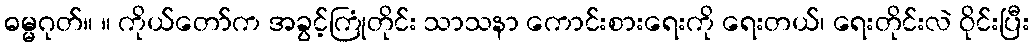
ဓမ္မဂုတ်။ ။ ကိုယ်တော်က အခွင့်ကြုံတိုင်း သာသနာ ကောင်းစားရေးကို ရေးတယ်၊ ရေးတိုင်းလဲ ဝိုင်းပြီး